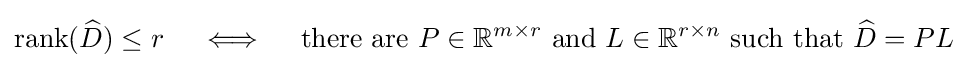
\operatorname {rank} ({\widehat {D}})\leq r\quad \iff \quad {\text{there are }}P\in \mathbb {R} ^{m\times r}{\text{ and }}L\in \mathbb {R} ^{r\times n}{\text{ such that }}{\widehat {D}}=PL